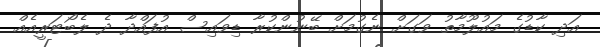
އަދި ކާޑުގެ މައުލޫމާތު ވަގަށް ނެގުމަށް ބޭނުންކުރާ ޑިވައިސް އުފައްދާ ދެ ލެބޯޓަރީއެއް